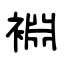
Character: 裫